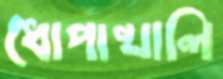
ধোপাখালি